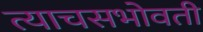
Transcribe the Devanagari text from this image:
त्याचसभोवती